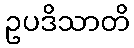
ဥပဒိသာတိ